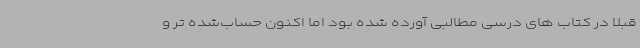
قبلا در کتاب های درسی مطالبی آورده شده بود اما اکنون حساب‌شده تر و